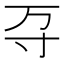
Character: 𭔩